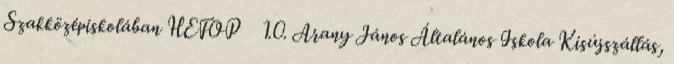
Szakközépiskolában HEFOP 1.0. Arany János Általános Iskola Kisújszállás,